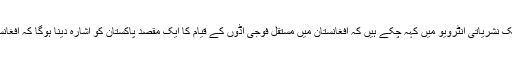
ری پبلکن امریکی سینیٹر لنڈسے گراہم ایک نشریاتی انٹرویو میں کہہ چکے ہیں کہ افغانستان میں مستقل فوجی اڈوں کے قیام کا ایک مقصد پاکستان کو اشارہ دینا ہوگا کہ افغانستان میں طالبان کی واپسی کا امکان نہیں۔